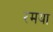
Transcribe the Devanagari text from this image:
रमया